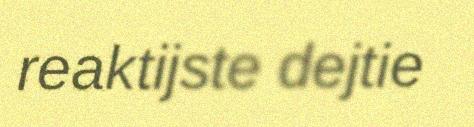
reaktijste dejtie